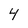
Character: 4